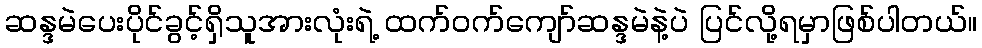
ဆန္ဒမဲပေးပိုင်ခွင့်ရှိသူအားလုံးရဲ့ ထက်ဝက်ကျော်ဆန္ဒမဲနဲ့ပဲ ပြင်လို့ရမှာဖြစ်ပါတယ်။